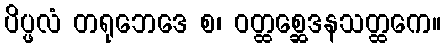
ပိပ္ဖလံ တရုဘေဒေ စ၊ ဝတ္ထစ္ဆေဒနသတ္ထကေ။